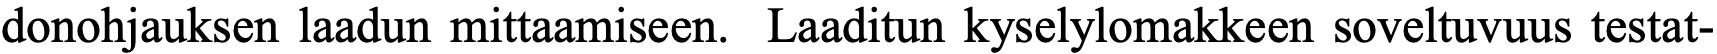
donohjauksen laadun mittaamiseen. Laaditun kyselylomakkeen soveltuvuus testat-